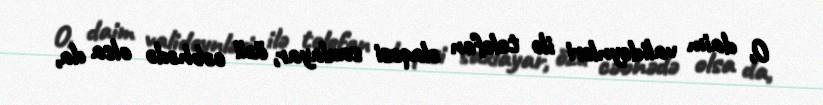
O, daim valideynləri ilə telefon əlaqəsi saxlayar, özü cəbhədə olsa da,